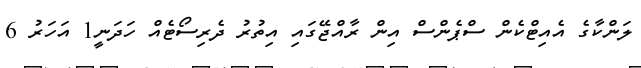
ލަންކާގެ އެއިޓްކެން ސްޕެންސް އިން ރާއްޖޭގައި އިތުރު ދެރިސޯޓެއް ހަދަނީ1 އަހަރު 6